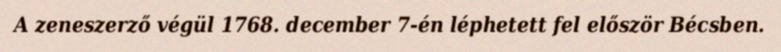
A zeneszerző végül 1768. december 7-én léphetett fel először Bécsben.